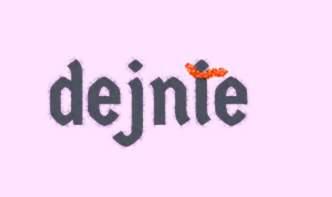
dejnie